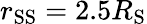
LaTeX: r_{\mathrm{SS}}=2.5R_{\mathrm{S}}